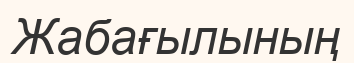
Жабағылының